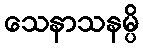
သေနာသနမ္ပိ